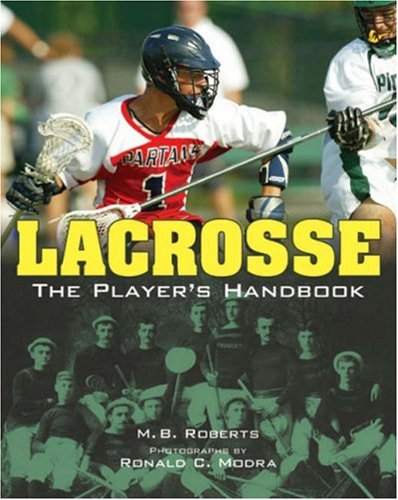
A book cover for Lacrosse: The Player's Handbook; M. B. Roberts; Sports & Outdoors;